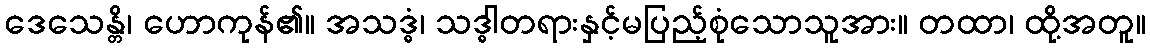
ဒေသေန္တိ၊ ဟောကုန်၏။ အသဒ္ဓံ၊ သဒ္ဓါတရားနှင့်မပြည့်စုံသောသူအား။ တထာ၊ ထို့အတူ။